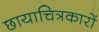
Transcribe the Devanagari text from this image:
छायाचित्रकारों